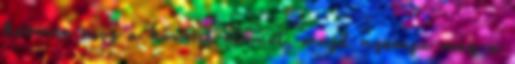
keresse meg a kívánt elemet, majd nyomja meg a